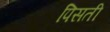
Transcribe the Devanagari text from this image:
पिसती